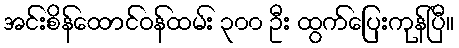
အင်းစိန်ထောင်ဝန်ထမ်း ၃၀၀ ဦး ထွက်ပြေးကုန်ပြီ။